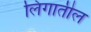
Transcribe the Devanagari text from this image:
लिंगातील